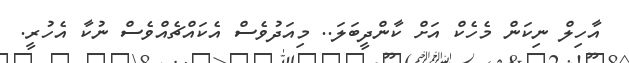
އާހިލް ނިކަން މެހެކް އަށް ކާންދީބަލަ.. މިއަދުވެސް އެކައްޗެއްވެސް ނުކާ އެހުރީ.